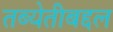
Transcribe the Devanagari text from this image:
तब्येतीबद्दल